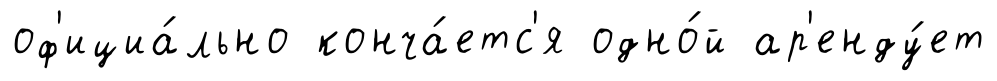
оф'ициа́льно конча́етс'я одно́й ар'енду́ет